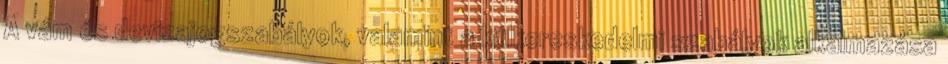
A vám és devizajogszabályok, valamint a külkereskedelmi szabályok alkalmazása